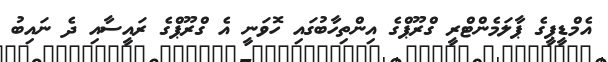
އެމްޑީޕީގެ ޕާލަމެންޓްރީ ގްރޫޕްގެ އިންތިހާބުގައި ހޮވަނީ އެ ގްރޫޕްގެ ރައީސާއި ދެ ނައިބު